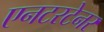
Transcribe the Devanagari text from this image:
एनटरटेनर